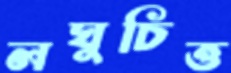
লঘুচিত্ত